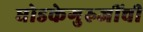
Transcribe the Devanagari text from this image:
घोडकेगुरुजींची